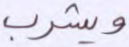
ويشرب